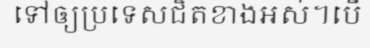
ទៅឲ្យប្រទេសជិតខាងអស់។បើ